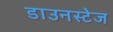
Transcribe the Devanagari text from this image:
डाउनस्टेज